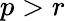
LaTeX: p>r